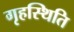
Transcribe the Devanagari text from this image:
गृहस्थिति